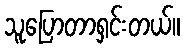
သူပြောတာရှင်းတယ်။